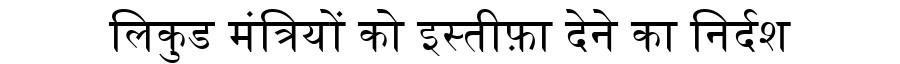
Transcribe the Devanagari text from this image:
लिकुड मंत्रियों को इस्तीफ़ा देने का निर्दश